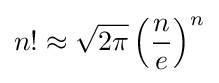
n!\approx {\sqrt {2\pi }}\left({\frac {n}{e}}\right)^{n}